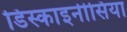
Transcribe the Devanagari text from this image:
डिस्काइनीसिया